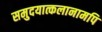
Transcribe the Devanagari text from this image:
समुदयात्कलानामपि